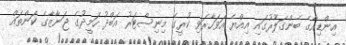
އިންޑިއާގެ ބެންގަލޫރުގައި އިއްޔެ އަވަހާރަވި ކުރީގެ މިނިސްޓަރު އަބްދު ހަމީދުގެ ޖަނާޒާގެ ކަންތައް